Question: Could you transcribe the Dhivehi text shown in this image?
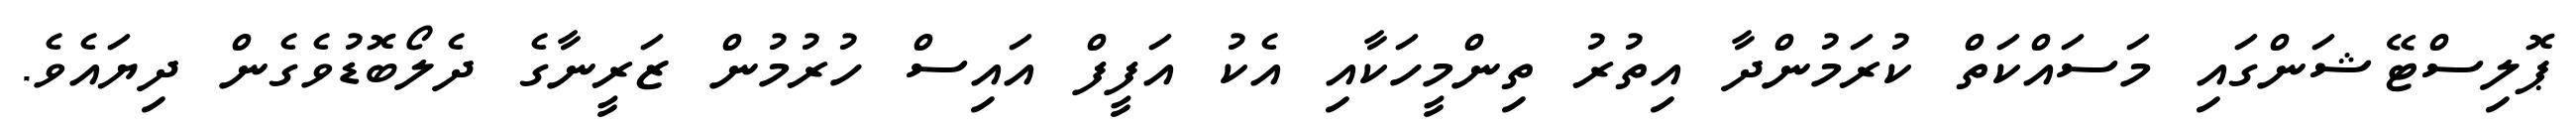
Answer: ޕޮލިސްޓޭޝަންގައި މަސައްކަތް ކުރަމުންދާ އިތުރު ތިންމީހަކާއި އެކު އަފީފް އައިސް ހުރުމުން ޒަރީނާގެ ދެލޯބޮޑުވެގެން ދިޔައެވެ.